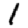
Digit: 1